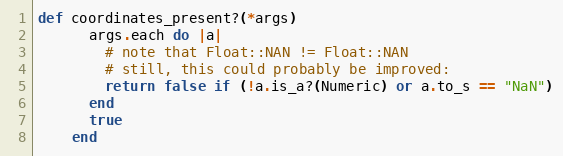
Language: Ruby
def coordinates_present?(*args)
      args.each do |a|
        # note that Float::NAN != Float::NAN
        # still, this could probably be improved:
        return false if (!a.is_a?(Numeric) or a.to_s == "NaN")
      end
      true
    end